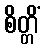
စိတ္တိံ